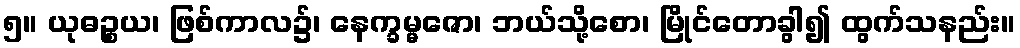
၅။ ယုဓဉ္စယ၊ ဖြစ်ကာလ၌၊ နေက္ခမ္မဇော၊ ဘယ်သို့စော၊ မြိုင်တောခွါ၍ ထွက်သနည်း။